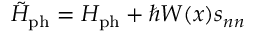
\tilde { H } _ { \mathrm { p h } } = H _ { \mathrm { p h } } + \hbar W ( x ) s _ { n n }